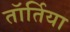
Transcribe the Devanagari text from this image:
तॉर्तिया